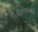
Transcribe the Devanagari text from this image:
कोसोव्होमध्ये